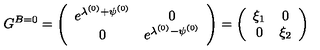
G ^ { B = 0 } = \left( \begin{array} { c c } { e ^ { \lambda ^ { ( 0 ) } + \psi ^ { ( 0 ) } } } & { 0 } \\ { 0 } & { e ^ { \lambda ^ { ( 0 ) } - \psi ^ { ( 0 ) } } } \\ \end{array} \right) = \left( \begin{array} { c c } { \xi _ { 1 } } & { 0 } \\ { 0 } & { \xi _ { 2 } } \\ \end{array} \right)